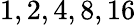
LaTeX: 1,2,4,8,16